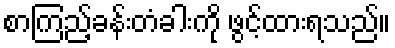
စာကြည့်ခန်းတံခါးကို ဖွင့်ထားရသည်။